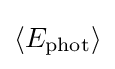
\langle E_{\textrm {phot}}\rangle